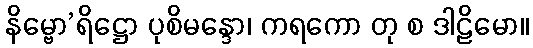
နိမ္ဗော’ရိဋ္ဌော ပုစိမန္ဒော၊ ကရကော တု စ ဒါဠိမော။